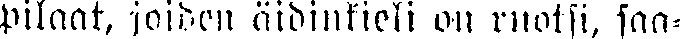
pilaat, joiden äidinkieli on ruotsi, saa-